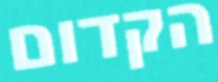
הקדום